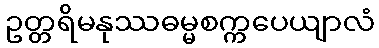
ဥတ္တရိမနုဿဓမ္မစက္ကပေယျာလံ